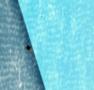
٠